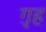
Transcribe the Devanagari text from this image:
ग़ृह